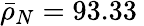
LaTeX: \bar{\rho}_{N}=93.33\